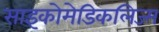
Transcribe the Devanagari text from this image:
साइकोमेडिकलिज्म